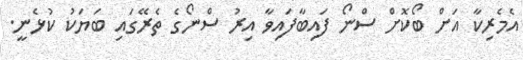
އެމެރިކާ އަށް ބޯކޮށް ސްނޯ ފައިބާފައިވާ އިރު ސްނޯގެ ތެރޭގައި ބަޔަކު ކުޅެނީ.